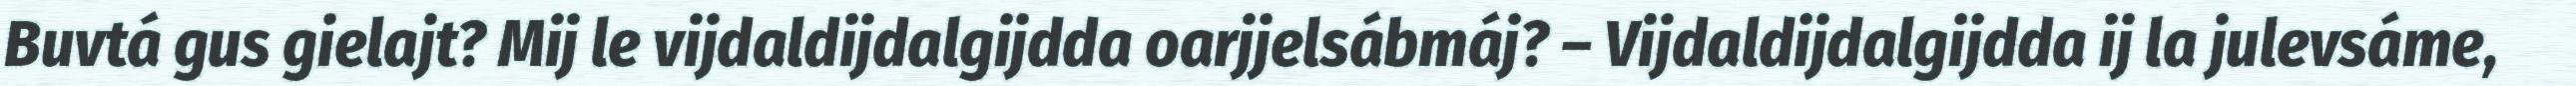
Buvtá gus gielajt? Mij le vijdaldijdalgijdda oarjjelsábmáj? – Vijdaldijdalgijdda ij la julevsáme,